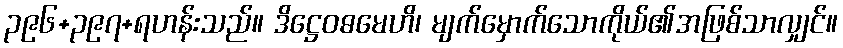
၃၉၆+၃၉၇+ရဟန်းသည်။ ဒိဋ္ဌေဝဓမေဟိ၊ မျက်မှောက်သောကိုယ်၏အဖြစ်သာလျှင်။